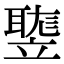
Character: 𥪻